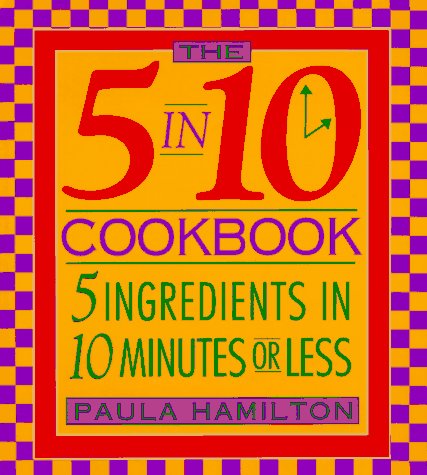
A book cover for The 5 in 10 Cookbook 5 Ingredients in 10 Minutes or Less Paula Hamilton; Paula Hamilton; Cookbooks, Food & Wine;